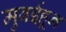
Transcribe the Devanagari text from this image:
मुबईहून